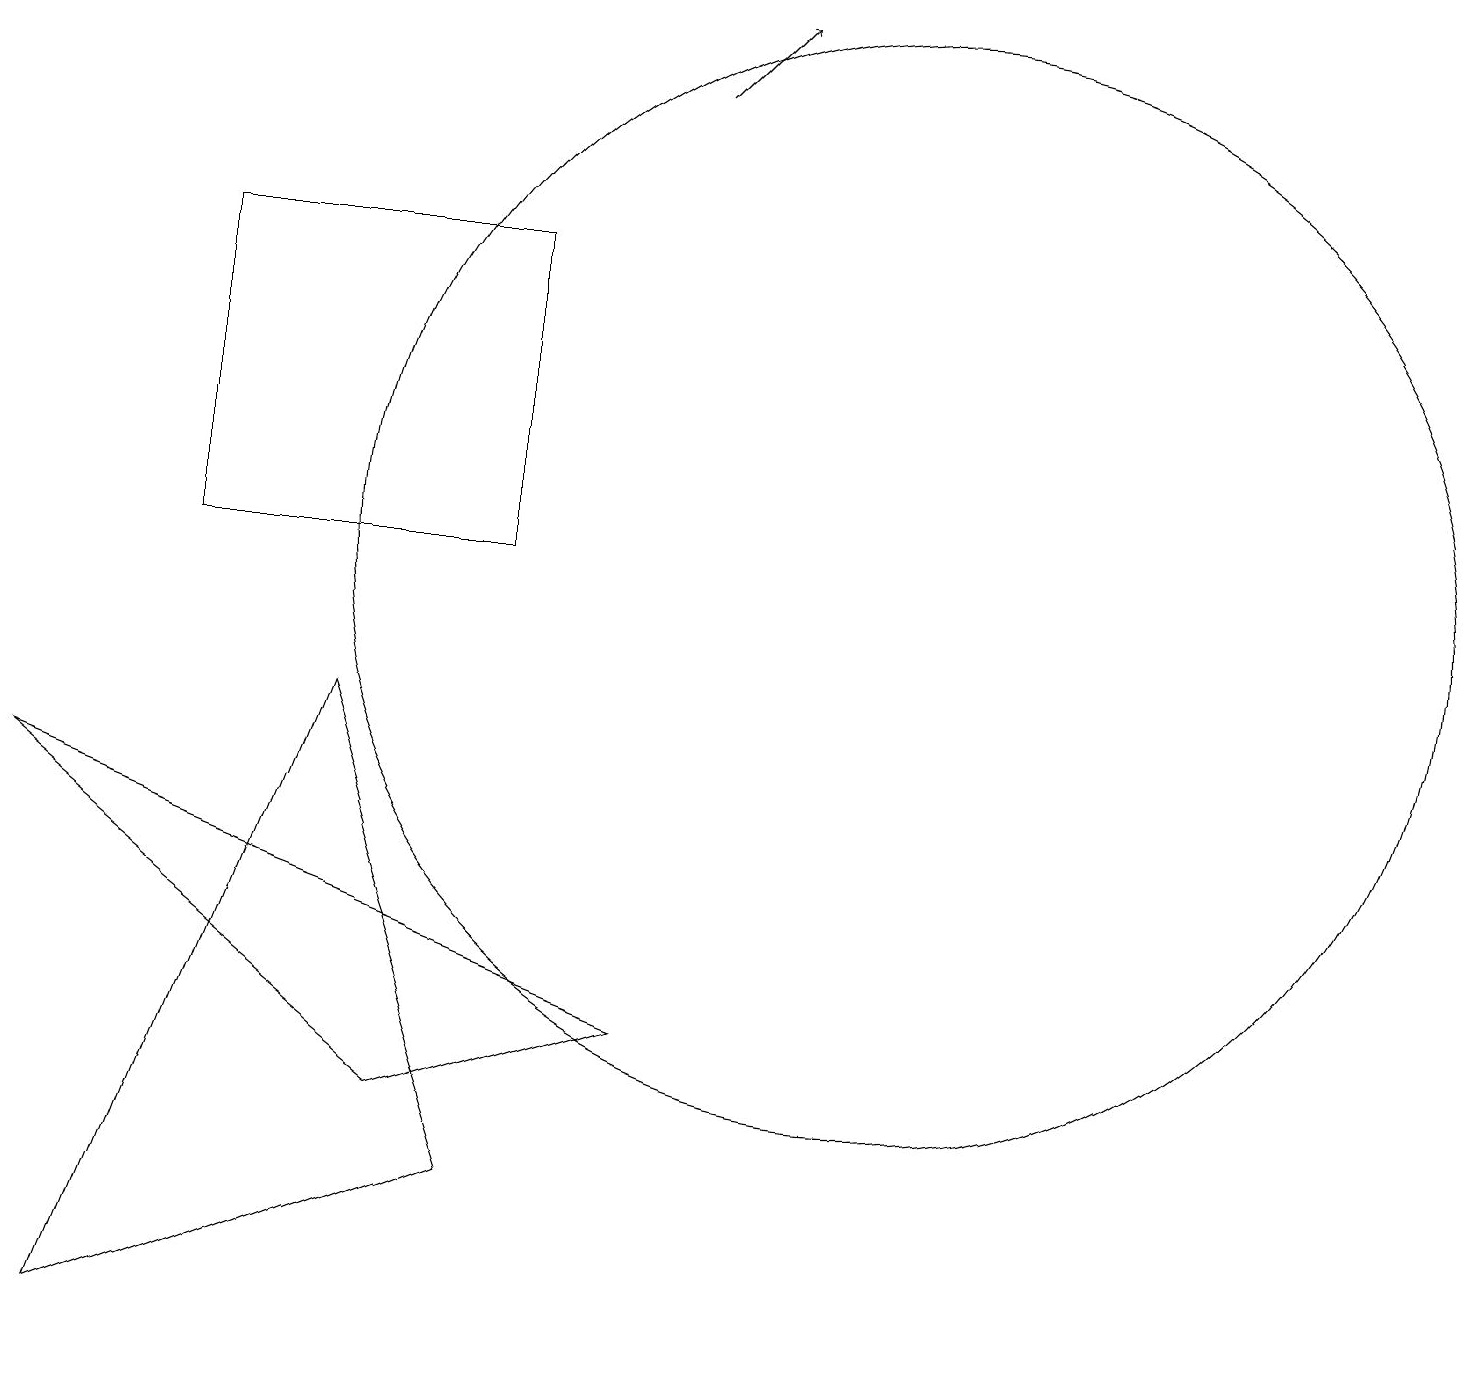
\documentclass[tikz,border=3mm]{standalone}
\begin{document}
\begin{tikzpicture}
\draw (8,4) -- (0,7) -- (5,3) -- cycle;
\draw (2,14) rectangle (6,10);
\draw (11,10) circle (7);
\draw (1,0) -- (4,8) -- (6,2) -- cycle;
\draw[->] (8,16) -- (9,17);
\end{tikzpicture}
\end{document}